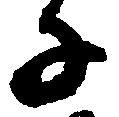
子